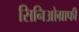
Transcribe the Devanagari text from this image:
सिनिओग्राफी